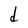
Character: d